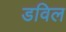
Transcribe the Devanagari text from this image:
डविल